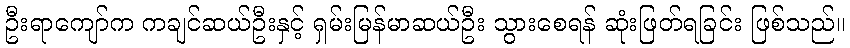
ဦးရာကျော်က ကချင်ဆယ်ဦးနှင့် ရှမ်းမြန်မာဆယ်ဦး သွားစေရန် ဆုံးဖြတ်ရခြင်း ဖြစ်သည်။